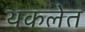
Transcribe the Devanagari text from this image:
थकलेत